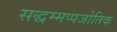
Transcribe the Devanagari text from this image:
सद्धम्मप्पजोतिक